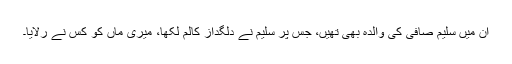
ان میں سلیم صافی کی والدہ بھی تھیں، جس پر سلیم نے دلگداز کالم لکھا، میری ماں کو کس نے رُلایا۔